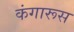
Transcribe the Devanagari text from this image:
कंगारूस